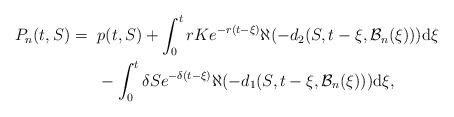
LaTeX: \begin{align*}P_{n}(t, S)=~&p(t, S) + \int_{0}^{t}rK e^{-r(t-\xi)}\aleph (-d_{2}(S, t -\xi, \mathcal{B}_{n}(\xi)))\mathrm{d}\xi \\ & - \int_{0}^{t} \delta S e^{-\delta (t- \xi)} \aleph (-d_{1}(S, t- \xi, \mathcal{B}_{n}(\xi))) \mathrm{d}\xi, \end{align*}